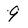
Character: 9